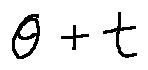
\theta + t